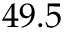
4 9 . 5